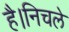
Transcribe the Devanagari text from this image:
है।निचले